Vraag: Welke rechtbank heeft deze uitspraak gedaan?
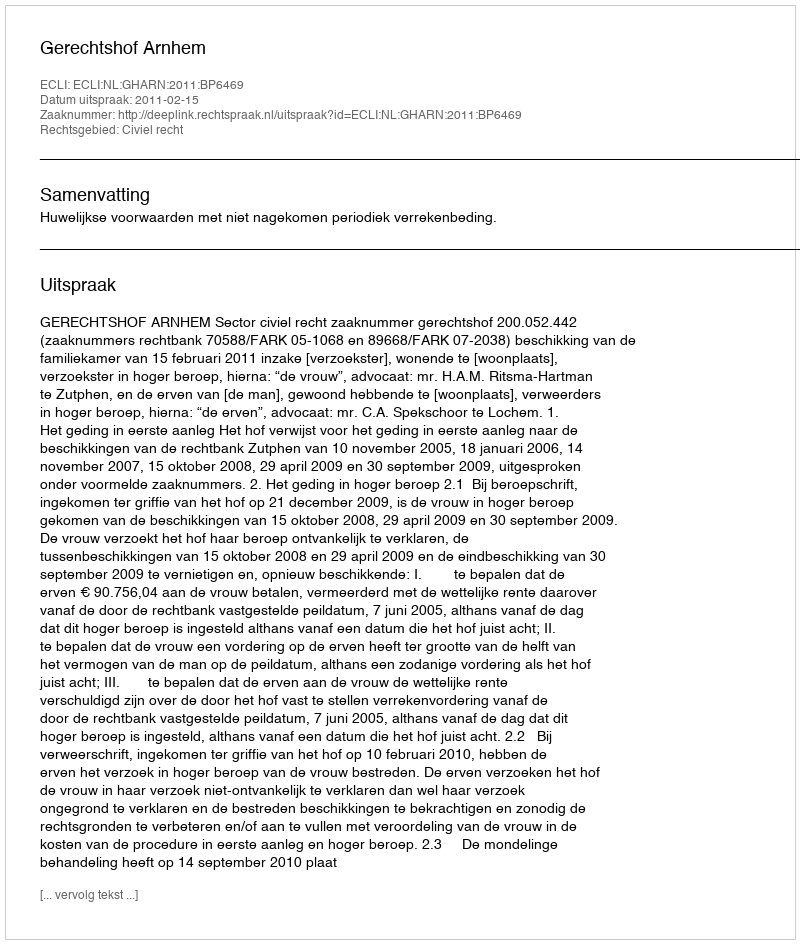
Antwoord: Gerechtshof Arnhem